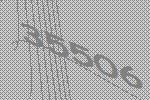
35506